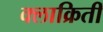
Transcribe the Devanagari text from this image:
क्लाक्रितीं